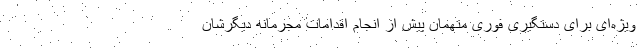
ویژه‌ای برای دستگیری فوری متهمان پیش از انجام اقدامات مجرمانه دیگرشان